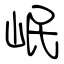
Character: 岷